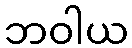
ဘဝါယ